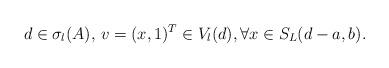
LaTeX: \begin{align*} d\in \sigma_l(A),\,v=(x,1)^T\in V_l(d), \forall x\in S_L(d-a,b).\end{align*}